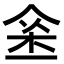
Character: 𨥀